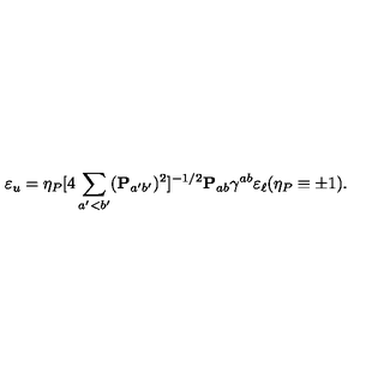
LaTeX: \varepsilon _ { u } = \eta _ { P } [ 4 \sum _ { a ^ { \prime } < b ^ { \prime } } ( { \bf P } _ { a ^ { \prime } b ^ { \prime } } ) ^ { 2 } ] ^ { - 1 / 2 } { \bf P } _ { a b } \gamma ^ { a b } \varepsilon _ { \ell } ( \eta _ { P } \equiv \pm 1 ) .